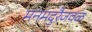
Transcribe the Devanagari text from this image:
मनमदुरैजवळ